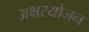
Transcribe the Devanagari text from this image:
अक्षरयोजन